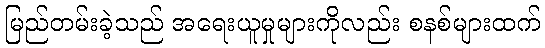
မြည်တမ်းခဲ့သည် အရေးယူမှုများကိုလည်း စနစ်များထက်